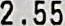
2.55